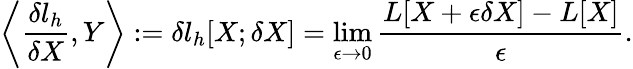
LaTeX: \left\langle\frac{\delta l_{h}}{\delta X},Y\right\rangle:=\delta l_{h}[X;\delta X]=\operatorname*{lim}_{\epsilon\to 0}\frac{L[X+\epsilon\delta X]-L[X]}{\epsilon}.